Some observations on the poison of the banded krait (Bungarus fasciatus) - Number 7
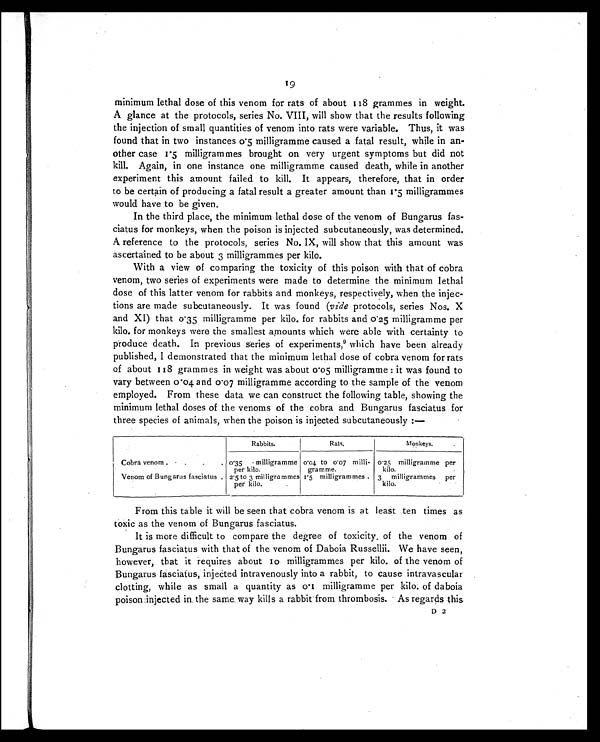
19
minimum lethal dose of this venom for rats of about 118 grammes in weight.
A glance at the protocols, series No. VIII, will show that the results following
the injection of small quantities of venom into rats were variable. Thus, it was
found that in two instances 0.5 milligramme caused a fatal result, while in an-
other case 1. 5 mi l l i grammes brought on very urgent symptoms but di d not
kill. Again, in one instance one milligramme caused death, while in another
experiment this amount failed to kill. It appears, therefore, that in order
to be certain of producing a fatal result a greater amount than 1.5 milligrammes
would have to be given.
In the third place, the minimum lethal dose of the venom of Bungarus fas-
ciatus for monkeys, when the poison is injected subcutaneously, was determined.
A reference to the protocols, series No. IX, will show that this amount was
ascertained to be about 3 milligrammes per kilo.
With a view of comparing the toxicity of this poison with that of cobra
venom, two series of experiments were made to determine the minimum lethal
dose of this latter venom for rabbits and monkeys, respectively, when the injec-
tions are made subcutaneously. It was found (vide protocols, series Nos. X
and XI) that 0.35 milligramme per kilo. for rabbits and 0.25 milligramme per
kilo. for monkeys were the smallest amounts which were able with certainty to
produce death. In previous series of experiments,9 which have been already
published, I demonstrated that the minimum lethal dose of cobra venom for rats
of about 118 grammes in weight was about 0.05 milligramme : it was found to
vary between 0.04 and 0.07 milligramme according to the sample of the venom
employed. From these data we can construct the following table, showing the
minimum lethal doses of the venoms of the cobra and Bungarus fasciatus for
three species of animals, when the poison is injected subcutaneously :—
Rabbits.
Rats.
Monkeys.
.
Cobra venom .
0. 35
milligramme
per kilo.
0.04 to 0.07 milli-
gramme.
0.25 milligramme per
kilo.
Venom of Bungarus fasciatus . 2.5 to 3 milligrammes
per kilo.
1.5 milligrammes.
3
milligrammes per
kilo.
From this table it will be seen that cobra venom is at least ten times as
toxic as the venom of Bungarus fasciatus.
It is more difficult to compare the degree of toxicity. of the venom of
Bungarus fasciatus with that of the venom of Daboia Russellii. We have seen,
however, that it requires about 10 milligrammes per kilo. of the venom of
Bungarus fasciatus, injected intravenously into a rabbit, to cause intravascular
clotting, while as small a quantity as 0.1 milligramme per kilo. of daboia
poison injected in the same way kills a rabbit from thrombosis. As regards this
D 2